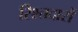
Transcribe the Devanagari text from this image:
रिश्तदारों